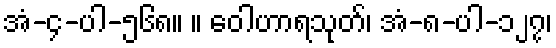
အံ-၄-ပါ-၅၆၈။ ။ ဝေါဟာရသုတ်၊ အံ-၈-ပါ-၁၂၇၊